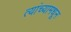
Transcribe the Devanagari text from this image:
त्यांच्यामधून